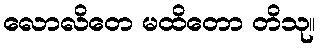
လောလိတေ မထိတော တိသု။